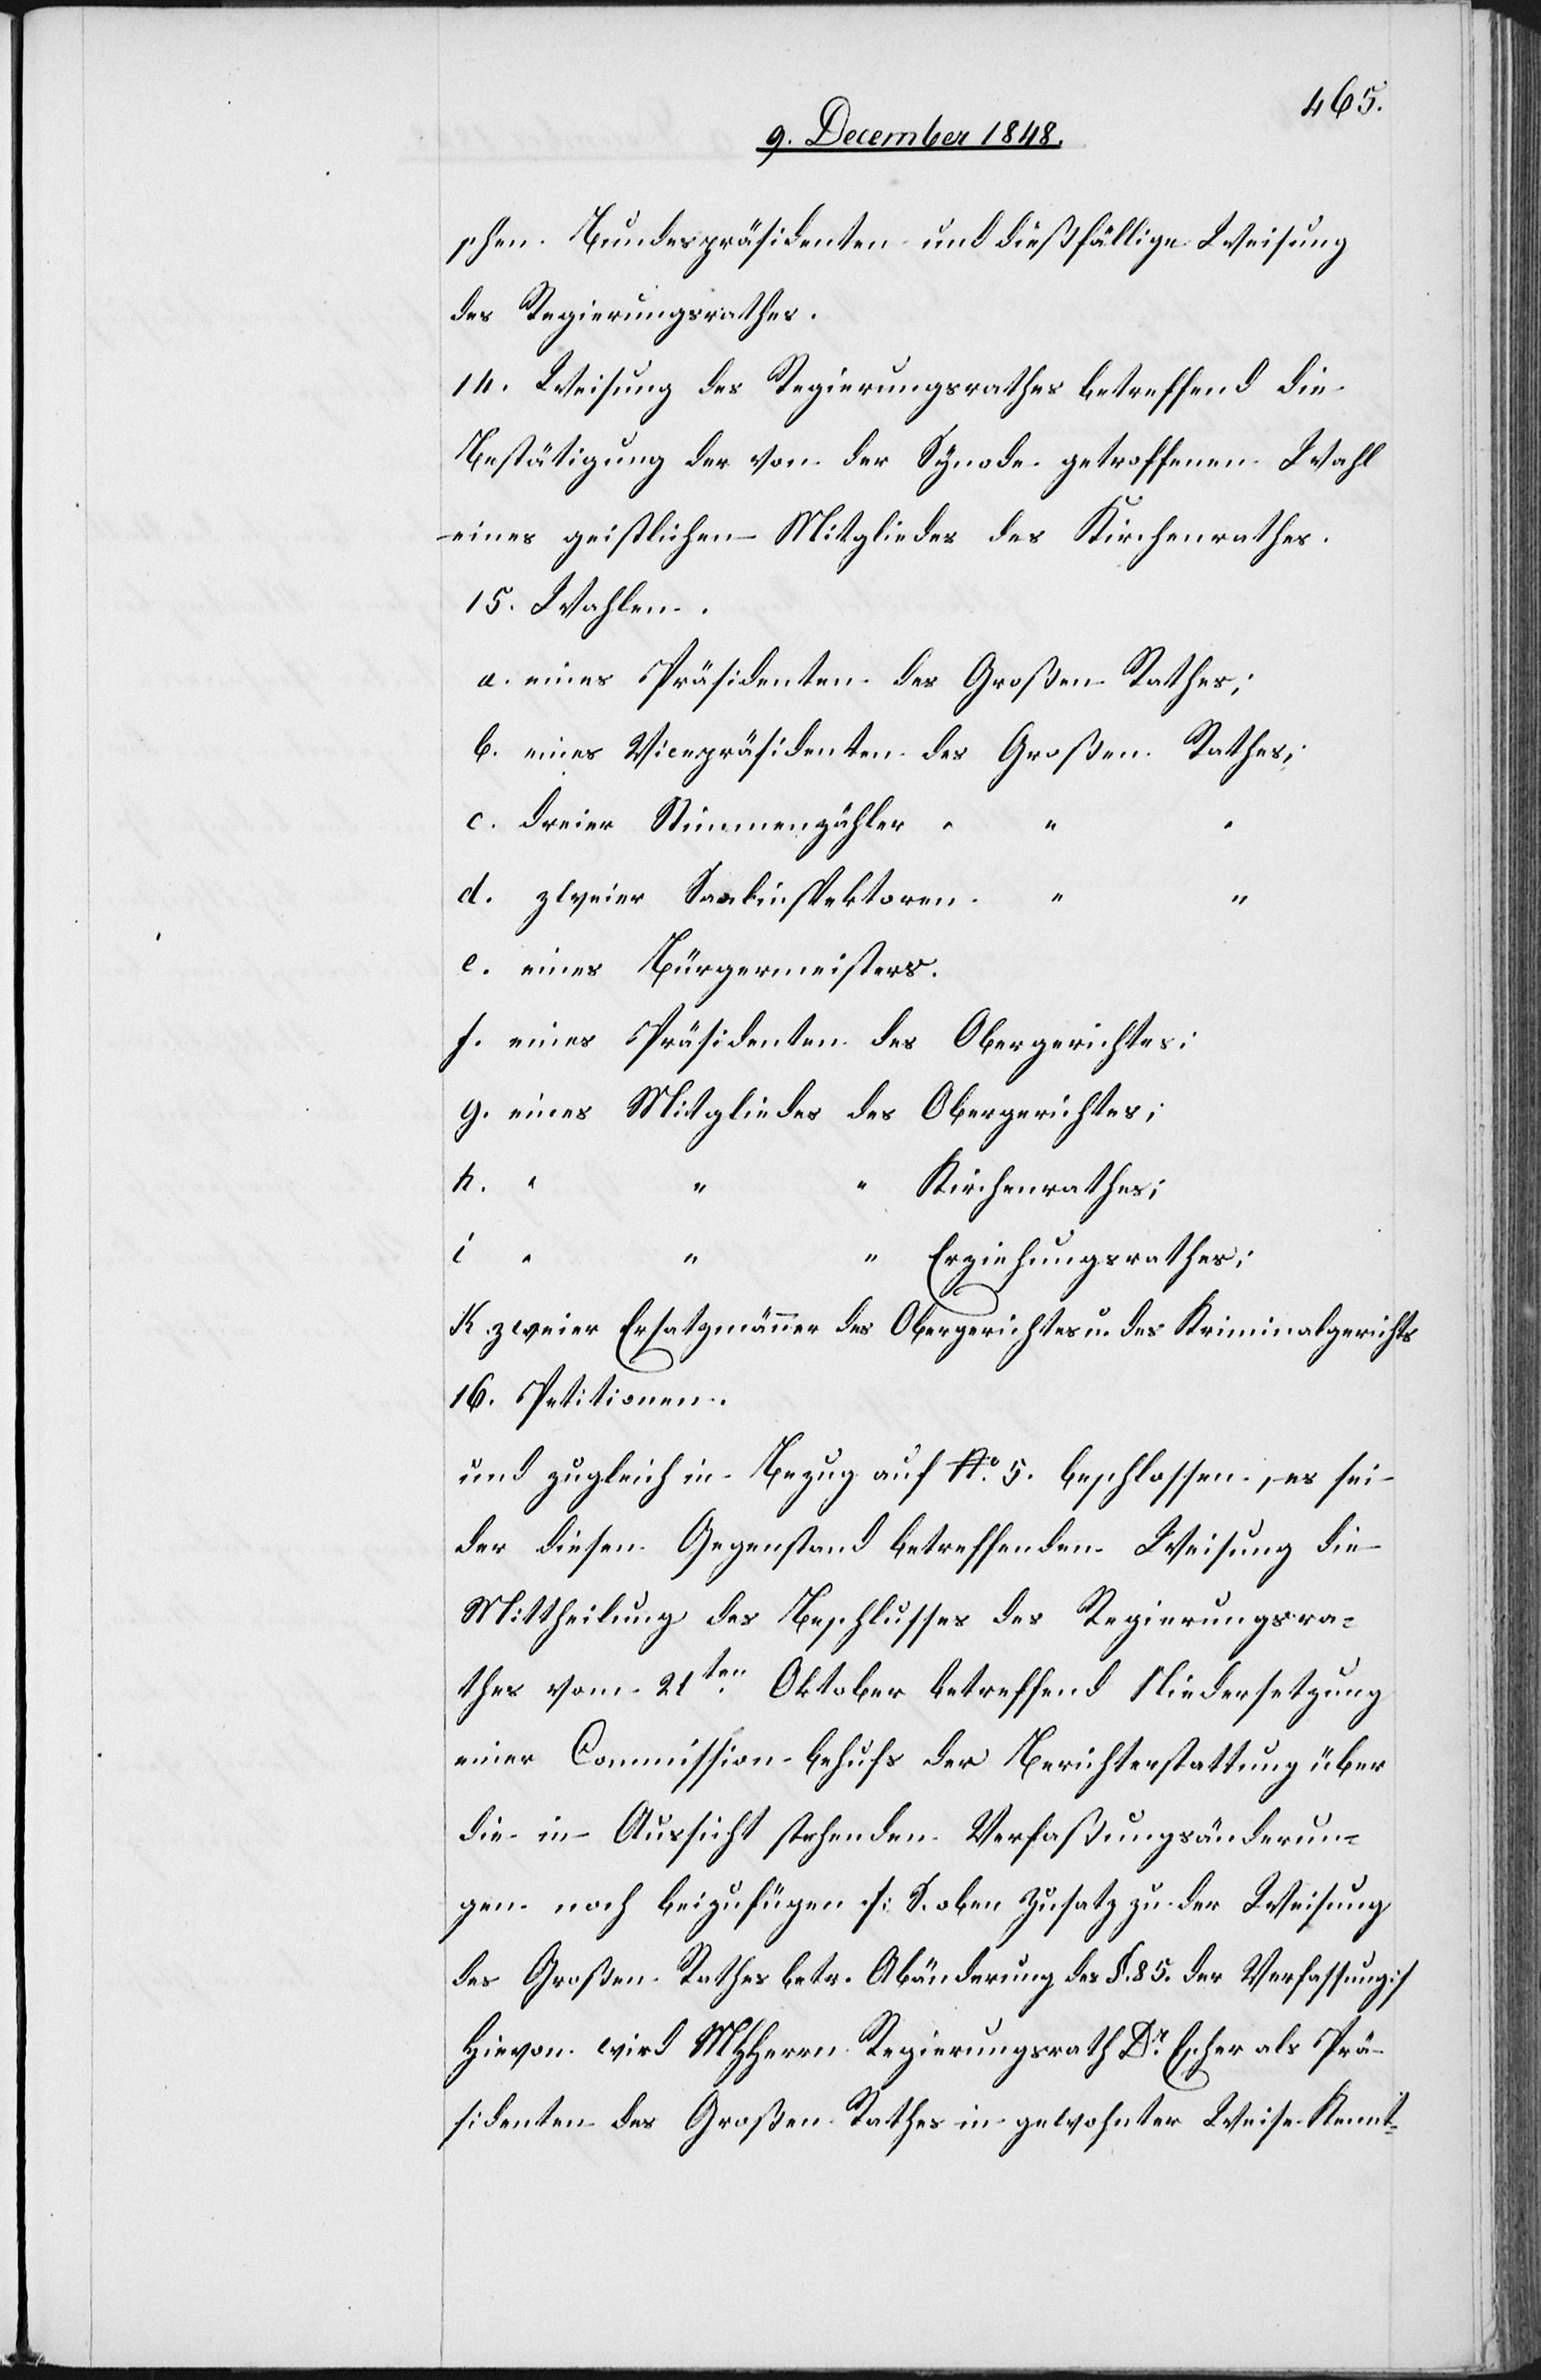
schen Bundespräsidenten und dießfällige Weisung
des Regierungsrathes.
14. Weisung des Regierungsrathes betreffend die
Bestätigung der von der Synode getroffenen Wahl
eines geistlichen Mitgliedes des Kirchenrathes.
15. Wahlen.
a. eines Präsidenten des Großen Rathes;
b. eines Vicepräsidenten des Großen Rathes;
c. dreier Stimmenzähler
“
d. zweier Saalinspektoren “
“
e. eines Bürgermeisters.
f. eines Präsidenten des Obergerichtes;
g. eines Mitgliedes des Obergerichtes;
i.
“ “
“ Erziehungsrathes;
k. zweier Ersatzmänner des Obergerichtes u. des Kriminalgerichts
16. Petitionen.
und zugleich in Bezug auf No 5. beschlossen, es sei
der diesen Gegenstand betreffenden Weisung die
Mittheilung des Beschlusses des Regierungsra¬
thes vom 21ten Oktober betreffend Niedersetzung
einer Commission behufs der Berichterstattung über
die in Aussicht stehenden Verfaßungsänderun¬
gen noch beizufügen [S. oben Zusatz zu der Weisung
des Großen Rathes betr. Abänderung des §. 85. der Verfassung]
Hievon wird MHHerrn Regierungsrath Dr Escher als Prä¬
sidenten des Großen Rathes in gewohnter Weise Kennt-